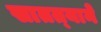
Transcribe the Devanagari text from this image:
सातत्‍याने